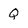
Character: Q